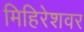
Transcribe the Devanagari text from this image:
मिहिरेशवर